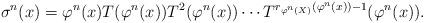
LaTeX: \begin{align*}\sigma^n(x) = \varphi^n(x) T(\varphi^n(x)) T^2(\varphi^n(x)) \cdots T^{r_{\varphi^{n}(X)}(\varphi^n(x))-1}(\varphi^n(x)). \end{align*}